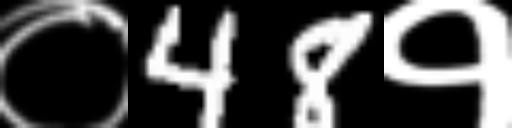
Text: ०48१